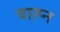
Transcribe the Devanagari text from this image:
बाह्न